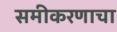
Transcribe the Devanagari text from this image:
समीकरणाचा